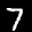
Label: 7